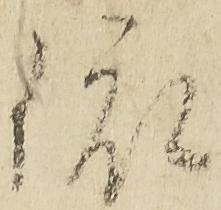
依